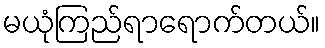
မယုံကြည်ရာရောက်တယ်။